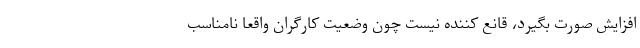
افزایش صورت بگیرد، قانع کننده نیست چون وضعیت کارگران واقعا نامناسب